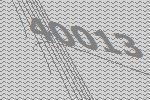
40013